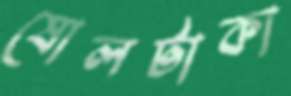
ষোলটাকা